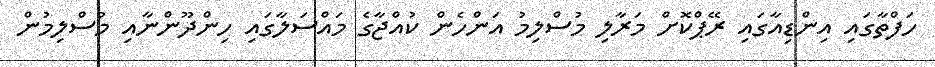
ހަފްތާގައި އިންޑިއާގައި ރޭޕްކޮށް މަރާލި މުސްލިމު އަންހެން ކުއްޖާގެ މައްސަލާގައި ހިންދޫންނާއި މުސްލިމުން